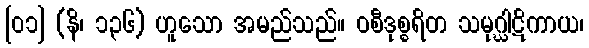
[၀၁] (နိ၊ ၁၃၆) ဟူသော အမည်သည်။ ဝစီဒုစ္စရိတ သမုဂ္ဃါဋိကာယ၊